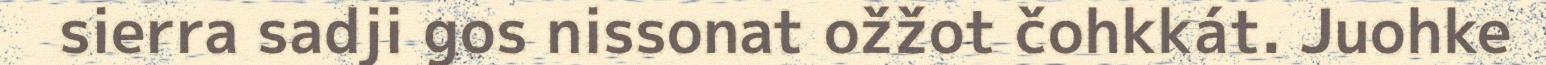
sierra sadji gos nissonat ožžot čohkkát. Juohke